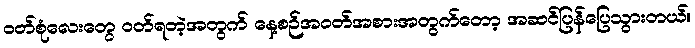
ဝတ်စုံလေးတွေ ဝတ်ရတဲ့အတွက် နေ့စဉ်အဝတ်အစားအတွက်တော့ အဆင်ပြန်ပြေသွားတယ်။